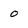
Character: o